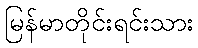
မြန်မာတိုင်းရင်းသား